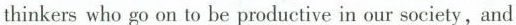
thinkers who go on to he productive in our society,and